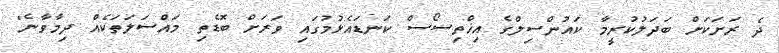
ދެ ރަށަކަށް ބަދަލުކުރީމާ ކައުންސިލްގެ އިޚްތިސޯސް ކަނޑައެޅުމުގައި ވަރަށް ބޮޑެތި މައްސަލަތަކެއް ދިމާވާނެ"